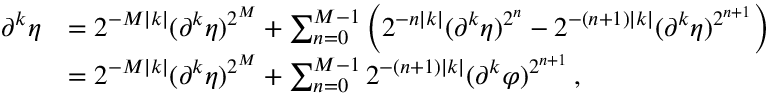
\begin{array} { r l } { \partial ^ { k } \eta } & { = 2 ^ { - M | k | } ( \partial ^ { k } \eta ) ^ { 2 ^ { M } } + \sum _ { n = 0 } ^ { M - 1 } \left( 2 ^ { - n | k | } ( \partial ^ { k } \eta ) ^ { 2 ^ { n } } - 2 ^ { - ( n + 1 ) | k | } ( \partial ^ { k } \eta ) ^ { 2 ^ { n + 1 } } \right) } \\ & { = 2 ^ { - M | k | } ( \partial ^ { k } \eta ) ^ { 2 ^ { M } } + \sum _ { n = 0 } ^ { M - 1 } 2 ^ { - ( n + 1 ) | k | } ( \partial ^ { k } \varphi ) ^ { 2 ^ { n + 1 } } \, , } \end{array}